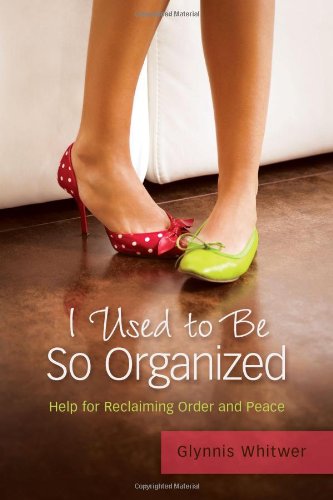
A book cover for I Used to Be So Organized: Help for Reclaiming Order and Peace; Glynnis Whitwer; Self-Help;